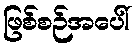
ဖြစ်စဉ်အပေါ်